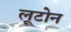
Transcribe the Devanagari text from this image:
लूटोन